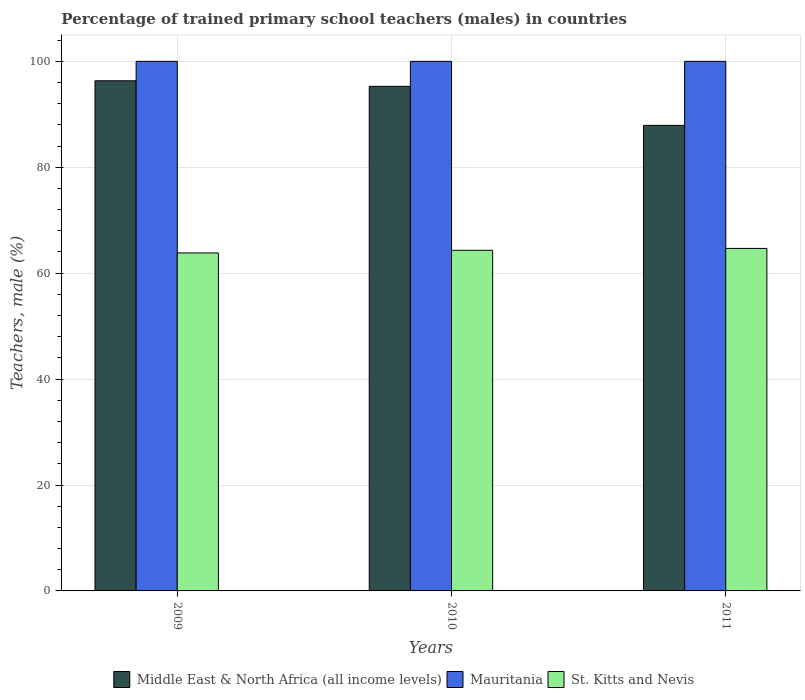
| Years | Middle East & North Africa (all income levels) | Mauritania | St. Kitts and Nevis |
 | --- | --- | --- | --- |
 | 2009 | 96.3 | 100 | 63.8 |
 | 2010 | 95.3 | 100 | 64.3 |
 | 2011 | 87.9 | 100 | 64.7 |